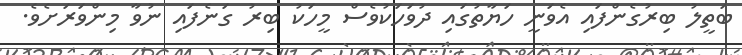
ބަތީލު ބިރުގެންފައި އެވަނީ ހަޔާތުގައި ދުވަހަކުވެސް މީހަކު ބިރު ގަނެފައި ނުވާ މިންވަރަށެވެ.